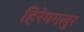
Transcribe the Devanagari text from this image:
हिरेमगलुर